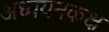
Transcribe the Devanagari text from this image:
अध्ययनकक्ष